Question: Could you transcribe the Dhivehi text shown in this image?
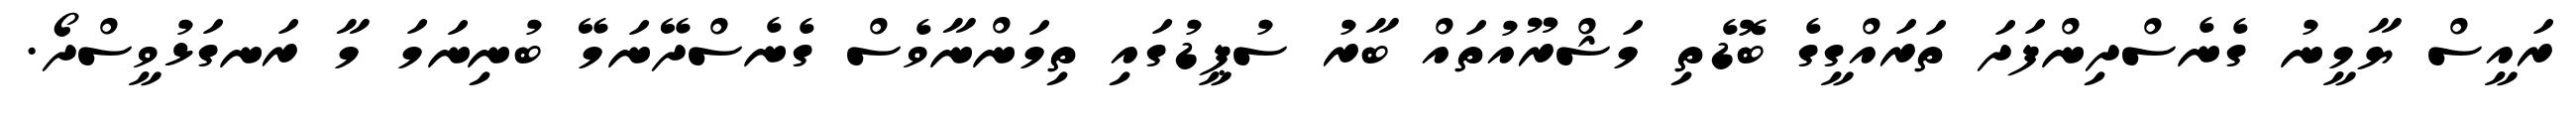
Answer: ރައީސް ޔާމީނު ގެނެސްދިންފަދަ ތަރައްގީގެ ބޮޑެތި މަޝްރޫއުތައް ބާރު ސުޕީޑުގައި ތިމަންނާވެސް ގެނެސްދޭނަމޭ ބުނިނަމަ މާ ރަނގަޅުވީސްދޯ.